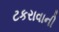
ટકરાવાની